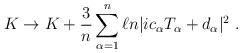
\begin{align*}K \rightarrow K + {3 \over n} \sum_{\alpha=1}^n \ell n |i c_{\alpha}T_{\alpha} + d_{\alpha}|^2 \ .\end{align*}